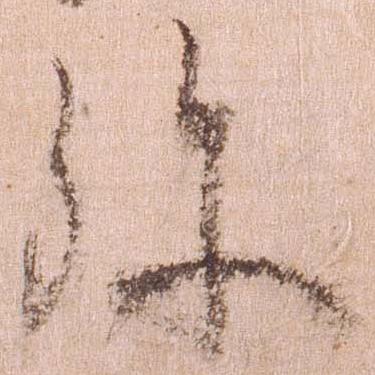
弥